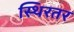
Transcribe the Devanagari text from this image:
स्थिरतर